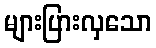
များပြားလှသော